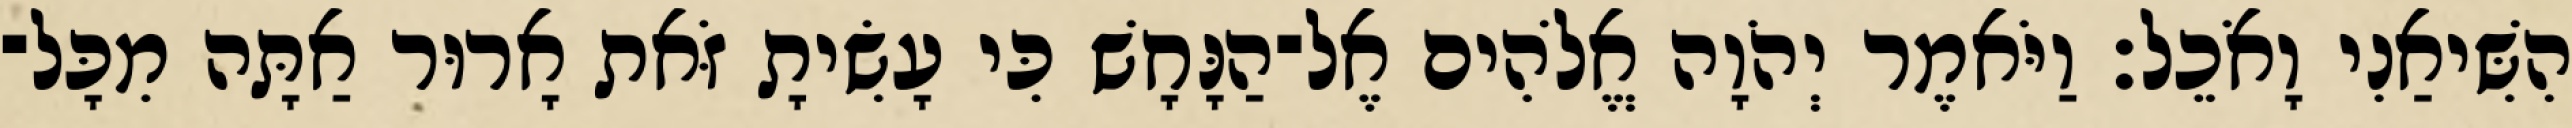
הִשִּׁיאַנִי וָאֹכֵל׃ וַיֹּאמֶר יְהֹוָה אֱלֹהִים אֶל־הַנָּחָשׁ כִּי עָשִׂיתָ זֹּאת אָרוּר אַתָּה מִכָּל־